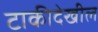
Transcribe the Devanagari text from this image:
टाकीदेखील